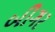
બીગર